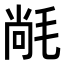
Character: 𭯝